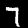
Digit: 7